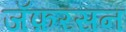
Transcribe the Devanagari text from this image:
जॅफ़रसन